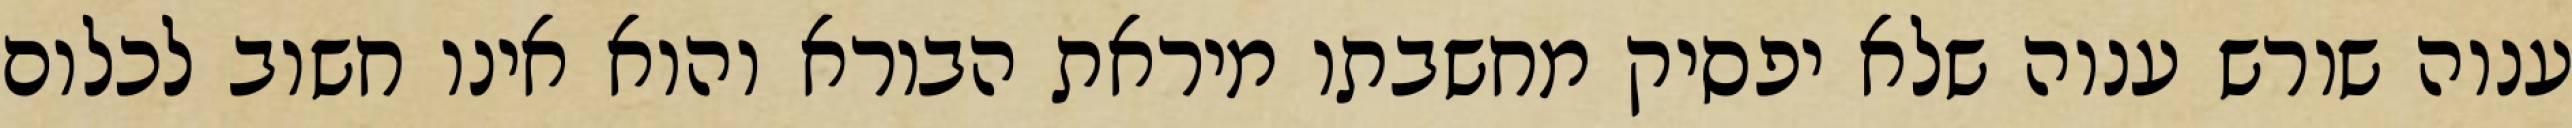
ענוה שורש ענוה שלא יפסיק מחשבתו מיראת הבורא והוא אינו חשוב לכלום